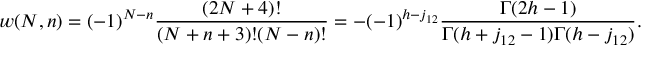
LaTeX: w ( N , n ) = ( - 1 ) ^ { N - n } \frac { ( 2 N + 4 ) ! } { ( N + n + 3 ) ! ( N - n ) ! } = - ( - 1 ) ^ { h - j _ { 1 2 } } \frac { \Gamma ( 2 h - 1 ) } { \Gamma ( h + j _ { 1 2 } - 1 ) \Gamma ( h - j _ { 1 2 } ) } .